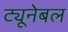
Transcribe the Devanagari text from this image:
ट्यूनेबल